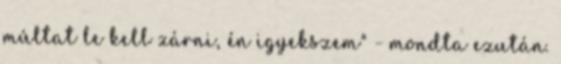
múltat le kell zárni, én igyekszem" - mondta ezután.